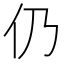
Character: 仍